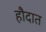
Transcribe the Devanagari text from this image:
हौदात